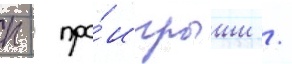
п - про́игрыши /